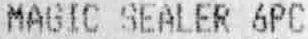
MAGIC SEALER 6PC